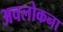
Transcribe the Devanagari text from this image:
अवलोकना